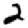
Digit: 2